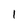
Character: l